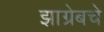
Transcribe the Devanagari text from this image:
झाग्रेबचे